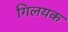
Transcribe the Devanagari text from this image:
गिलयक